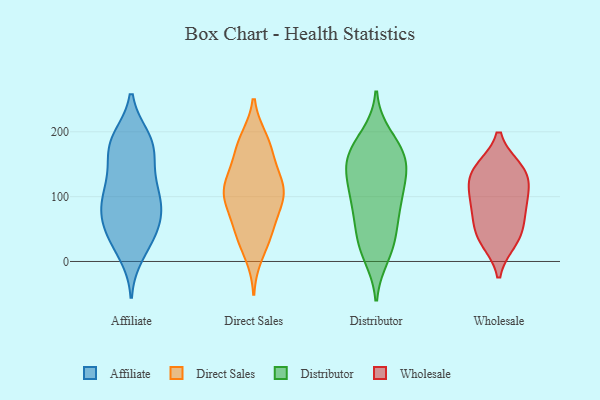
{"axis": {"x": "Latency (ms)", "y": "Value"}, "legend": ["Affiliate", "Direct Sales", "Distributor", "Wholesale"], "data": [{"x": "", "y": 123, "type": "Affiliate"}, {"x": "", "y": 36, "type": "Affiliate"}, {"x": "", "y": 166, "type": "Affiliate"}, {"x": "", "y": 190, "type": "Affiliate"}, {"x": "", "y": 44, "type": "Affiliate"}, {"x": "", "y": 12, "type": "Affiliate"}, {"x": "", "y": 181, "type": "Affiliate"}, {"x": "", "y": 97, "type": "Affiliate"}, {"x": "", "y": 56, "type": "Affiliate"}, {"x": "", "y": 27, "type": "Affiliate"}, {"x": "", "y": 168, "type": "Affiliate"}, {"x": "", "y": 105, "type": "Affiliate"}, {"x": "", "y": 66, "type": "Affiliate"}, {"x": "", "y": 84, "type": "Affiliate"}, {"x": "", "y": 73, "type": "Affiliate"}, {"x": "", "y": 135, "type": "Affiliate"}, {"x": "", "y": 183, "type": "Affiliate"}, {"x": "", "y": 80, "type": "Affiliate"}, {"x": "", "y": 108, "type": "Affiliate"}, {"x": "", "y": 190, "type": "Affiliate"}, {"x": "", "y": 166, "type": "Direct Sales"}, {"x": "", "y": 46, "type": "Direct Sales"}, {"x": "", "y": 113, "type": "Direct Sales"}, {"x": "", "y": 100, "type": "Direct Sales"}, {"x": "", "y": 93, "type": "Direct Sales"}, {"x": "", "y": 112, "type": "Direct Sales"}, {"x": "", "y": 121, "type": "Direct Sales"}, {"x": "", "y": 137, "type": "Direct Sales"}, {"x": "", "y": 187, "type": "Direct Sales"}, {"x": "", "y": 12, "type": "Direct Sales"}, {"x": "", "y": 41, "type": "Direct Sales"}, {"x": "", "y": 174, "type": "Direct Sales"}, {"x": "", "y": 104, "type": "Direct Sales"}, {"x": "", "y": 185, "type": "Direct Sales"}, {"x": "", "y": 44, "type": "Direct Sales"}, {"x": "", "y": 70, "type": "Direct Sales"}, {"x": "", "y": 107, "type": "Direct Sales"}, {"x": "", "y": 20, "type": "Distributor"}, {"x": "", "y": 80, "type": "Distributor"}, {"x": "", "y": 10, "type": "Distributor"}, {"x": "", "y": 192, "type": "Distributor"}, {"x": "", "y": 137, "type": "Distributor"}, {"x": "", "y": 154, "type": "Distributor"}, {"x": "", "y": 132, "type": "Distributor"}, {"x": "", "y": 90, "type": "Distributor"}, {"x": "", "y": 73, "type": "Distributor"}, {"x": "", "y": 160, "type": "Distributor"}, {"x": "", "y": 33, "type": "Distributor"}, {"x": "", "y": 178, "type": "Distributor"}, {"x": "", "y": 115, "type": "Distributor"}, {"x": "", "y": 168, "type": "Distributor"}, {"x": "", "y": 100, "type": "Distributor"}, {"x": "", "y": 38, "type": "Distributor"}, {"x": "", "y": 155, "type": "Distributor"}, {"x": "", "y": 142, "type": "Wholesale"}, {"x": "", "y": 38, "type": "Wholesale"}, {"x": "", "y": 142, "type": "Wholesale"}, {"x": "", "y": 134, "type": "Wholesale"}, {"x": "", "y": 93, "type": "Wholesale"}, {"x": "", "y": 49, "type": "Wholesale"}, {"x": "", "y": 93, "type": "Wholesale"}, {"x": "", "y": 78, "type": "Wholesale"}, {"x": "", "y": 32, "type": "Wholesale"}, {"x": "", "y": 123, "type": "Wholesale"}]}